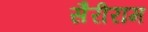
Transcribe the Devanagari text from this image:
सैरीराम